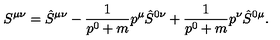
S ^ { \mu \nu } = \hat { S } ^ { \mu \nu } - \frac { 1 } { p ^ { 0 } + m } p ^ { \mu } \hat { S } ^ { 0 \nu } + \frac { 1 } { p ^ { 0 } + m } p ^ { \nu } \hat { S } ^ { 0 \mu } .